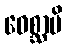
ဝေစ္ဆာမိ